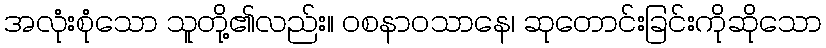
အလုံးစုံသော သူတို့၏လည်း။ ဝစနာဝသာနေ၊ ဆုတောင်းခြင်းကိုဆိုသော